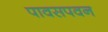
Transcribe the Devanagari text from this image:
पावसपवन